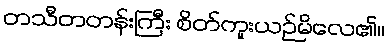
တသီတတန်းကြီး စိတ်ကူးယဉ်မိလေ၏။